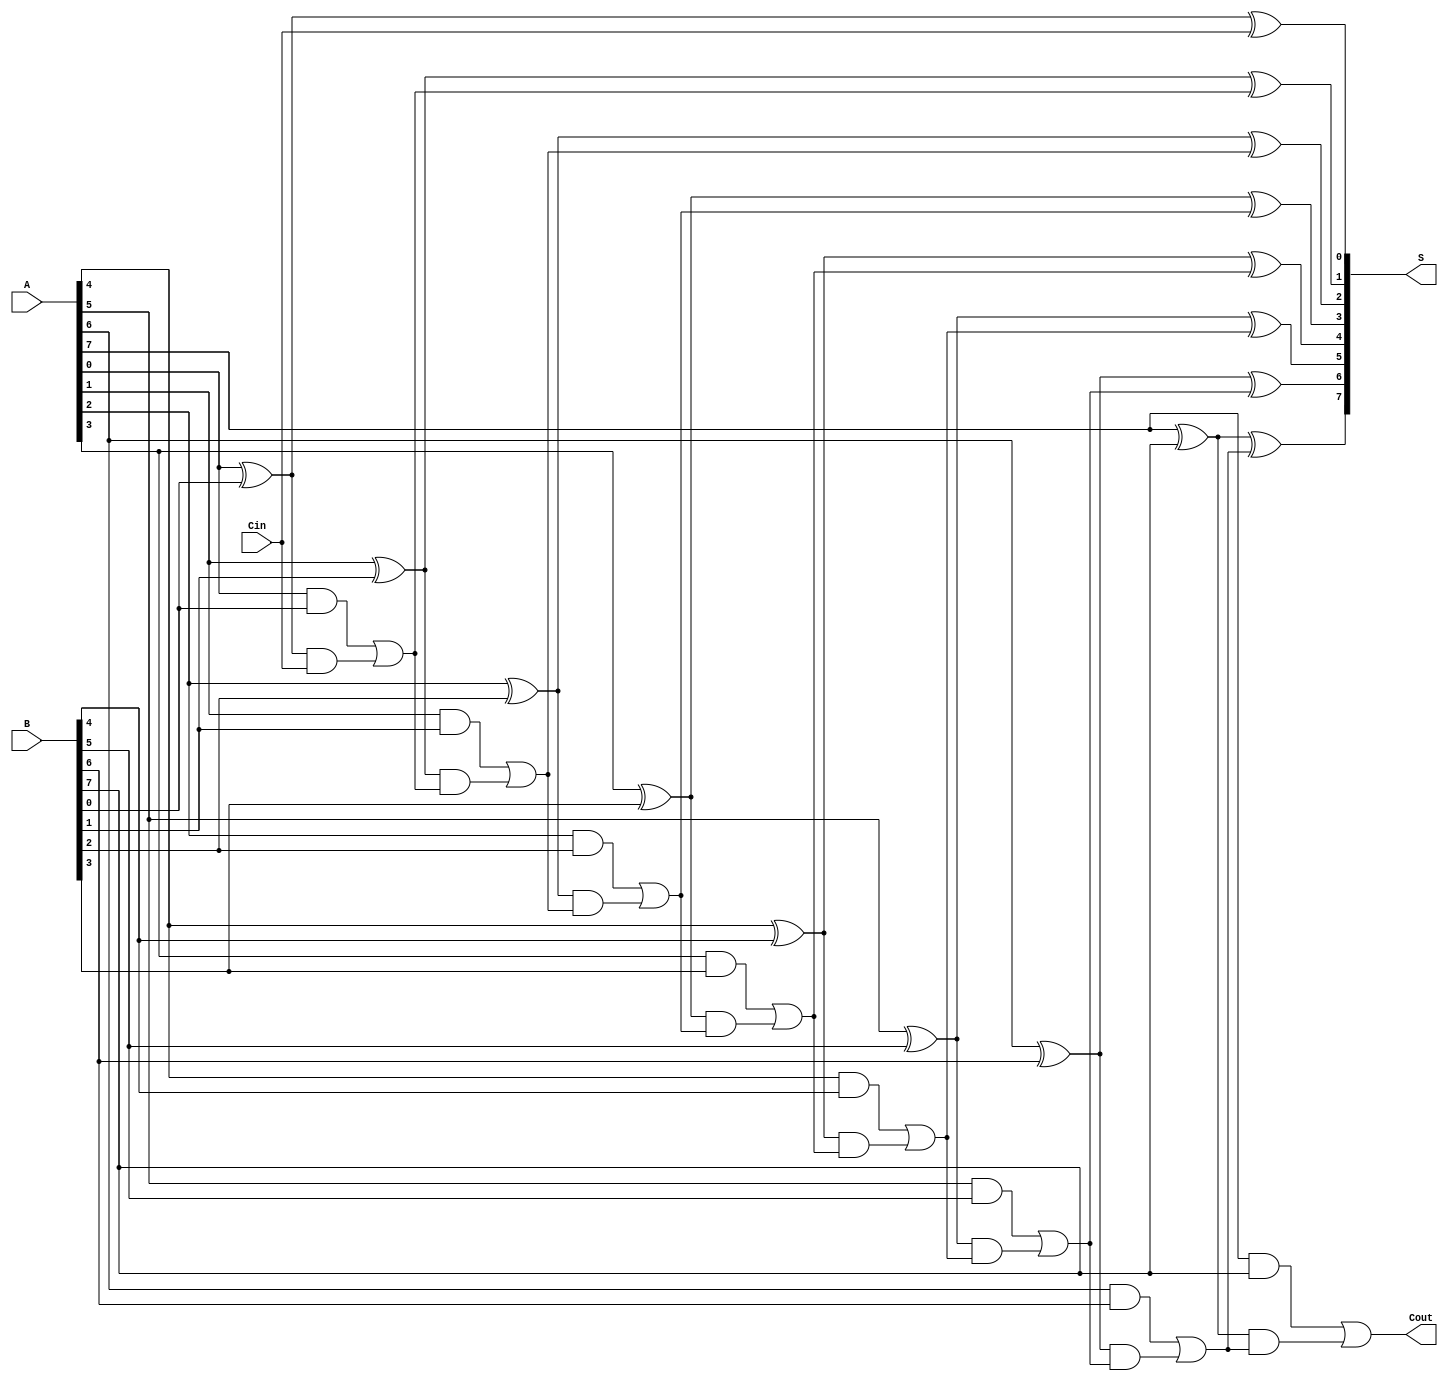
module RippleCarryLookaheadAdder #(parameter n = 8) (
    input [n-1:0] A,
    input [n-1:0] B,
    input Cin,
    output [n-1:0] S,
    output Cout
);

    wire [n-1:0] G; // Generate signals
    wire [n-1:0] P; // Propagate signals
    wire [n:0] C;   // Carry signals

    // Generate and Propagate Calculation
    genvar i;
    generate
        for (i = 0; i < n; i = i + 1) begin : gen_prop
            assign G[i] = A[i] & B[i];        // Generate
            assign P[i] = A[i] ^ B[i];        // Propagate
        end
    endgenerate

    // Carry Calculation using Carry Lookahead Logic
    assign C[0] = Cin; // First carry input
    assign C[1] = G[0] | (P[0] & C[0]); // C1 = G0 + (P0 & Cin)
    generate
        for (i = 1; i < n; i = i + 1) begin : carry_logic
            assign C[i + 1] = G[i] | (P[i] & C[i]); // Ci+1 = Gi + (Pi & Ci)
        end
    endgenerate

    // Sum Calculation
    generate
        for (i = 0; i < n; i = i + 1) begin : sum_calc
            assign S[i] = P[i] ^ C[i]; // Si = Ai XOR Bi XOR Ci
        end
    endgenerate

    assign Cout = C[n]; // Final carry output

endmodule